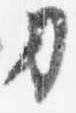
刀